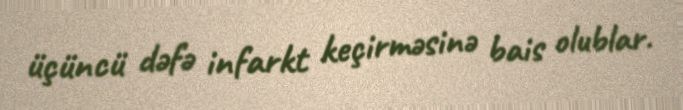
üçüncü dəfə infarkt keçirməsinə bais olublar.